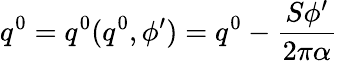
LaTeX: q^{0}=q^{0}(q^{0},\phi^{\prime})=q^{0}-\frac{S\phi^{\prime}}{2\pi\alpha}